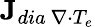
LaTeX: \textbf{J}_{dia\ \nabla\cdot T_{e}}